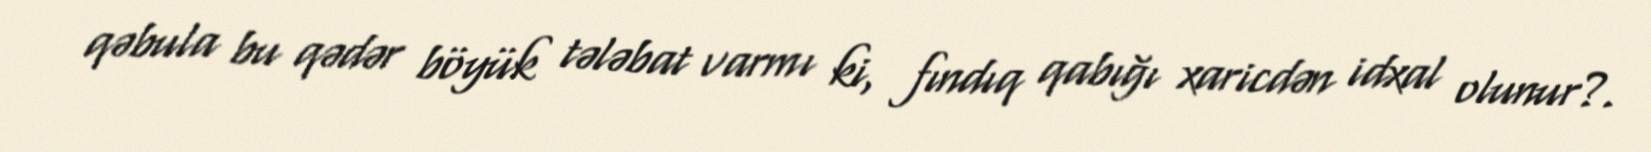
qəbula bu qədər böyük tələbat varmı ki, fındıq qabığı xaricdən idxal olunur?.